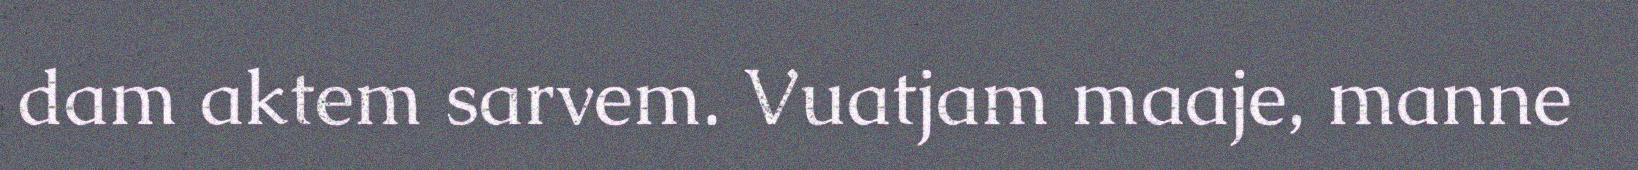
dam aktem sarvem. Vuatjam maaje, manne